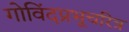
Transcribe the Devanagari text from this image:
गोविंदप्रभूचरित्र